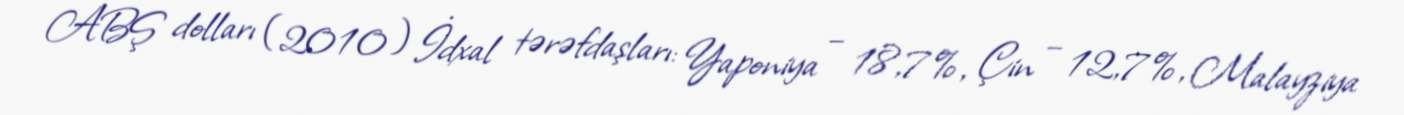
ABŞ dolları (2010) İdxal tərəfdaşları: Yaponiya – 18,7%, Çin – 12,7%, Malayziya